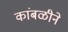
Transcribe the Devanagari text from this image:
कांबळीने